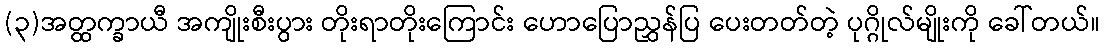
(၃)အတ္ထက္ခာယီ အကျိုးစီးပွား တိုးရာတိုးကြောင်း ဟောပြောညွှန်ပြ ပေးတတ်တဲ့ ပုဂ္ဂိုလ်မျိုးကို ခေါ်တယ်။